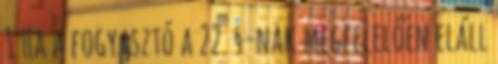
1 Ha a fogyasztó a 22. §-nak megfelelően eláll